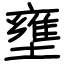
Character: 壅